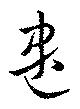
遣